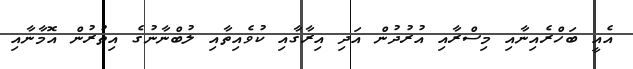
އެއީ ބަހްރެއިނާއި މިސްރާއި އުރުދުން އަދި އިރާގާއި ކުވެއިތާއި ލުބްނާނުގެ އިތުރުން އޮމާނާއި